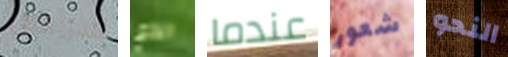
سريعون الذي عندما شعور النحو